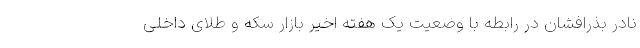
نادر بذرافشان در رابطه با وضعیت یک هفته اخیر بازار سکه و طلای داخلی